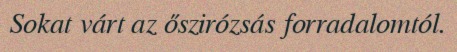
Sokat várt az őszirózsás forradalomtól.